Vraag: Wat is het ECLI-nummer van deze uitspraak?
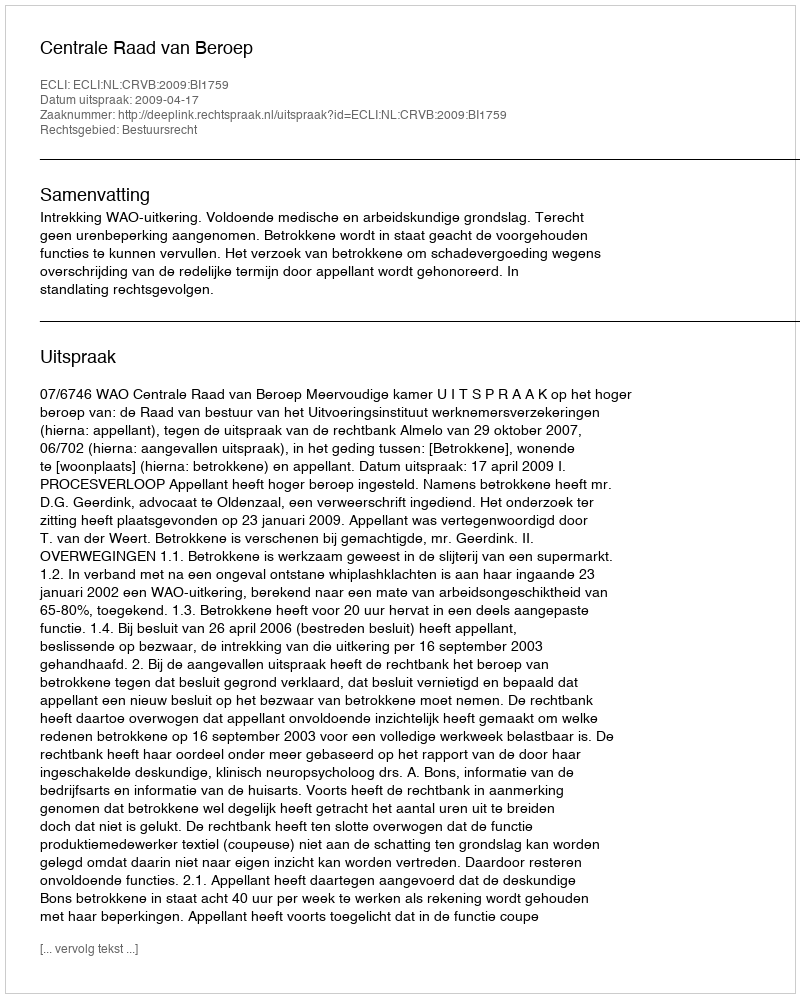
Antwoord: ECLI:NL:CRVB:2009:BI1759